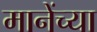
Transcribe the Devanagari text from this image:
मानेंच्या